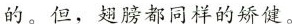
的。但，翅膀都同样的矫健。